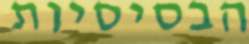
הבסיסיות